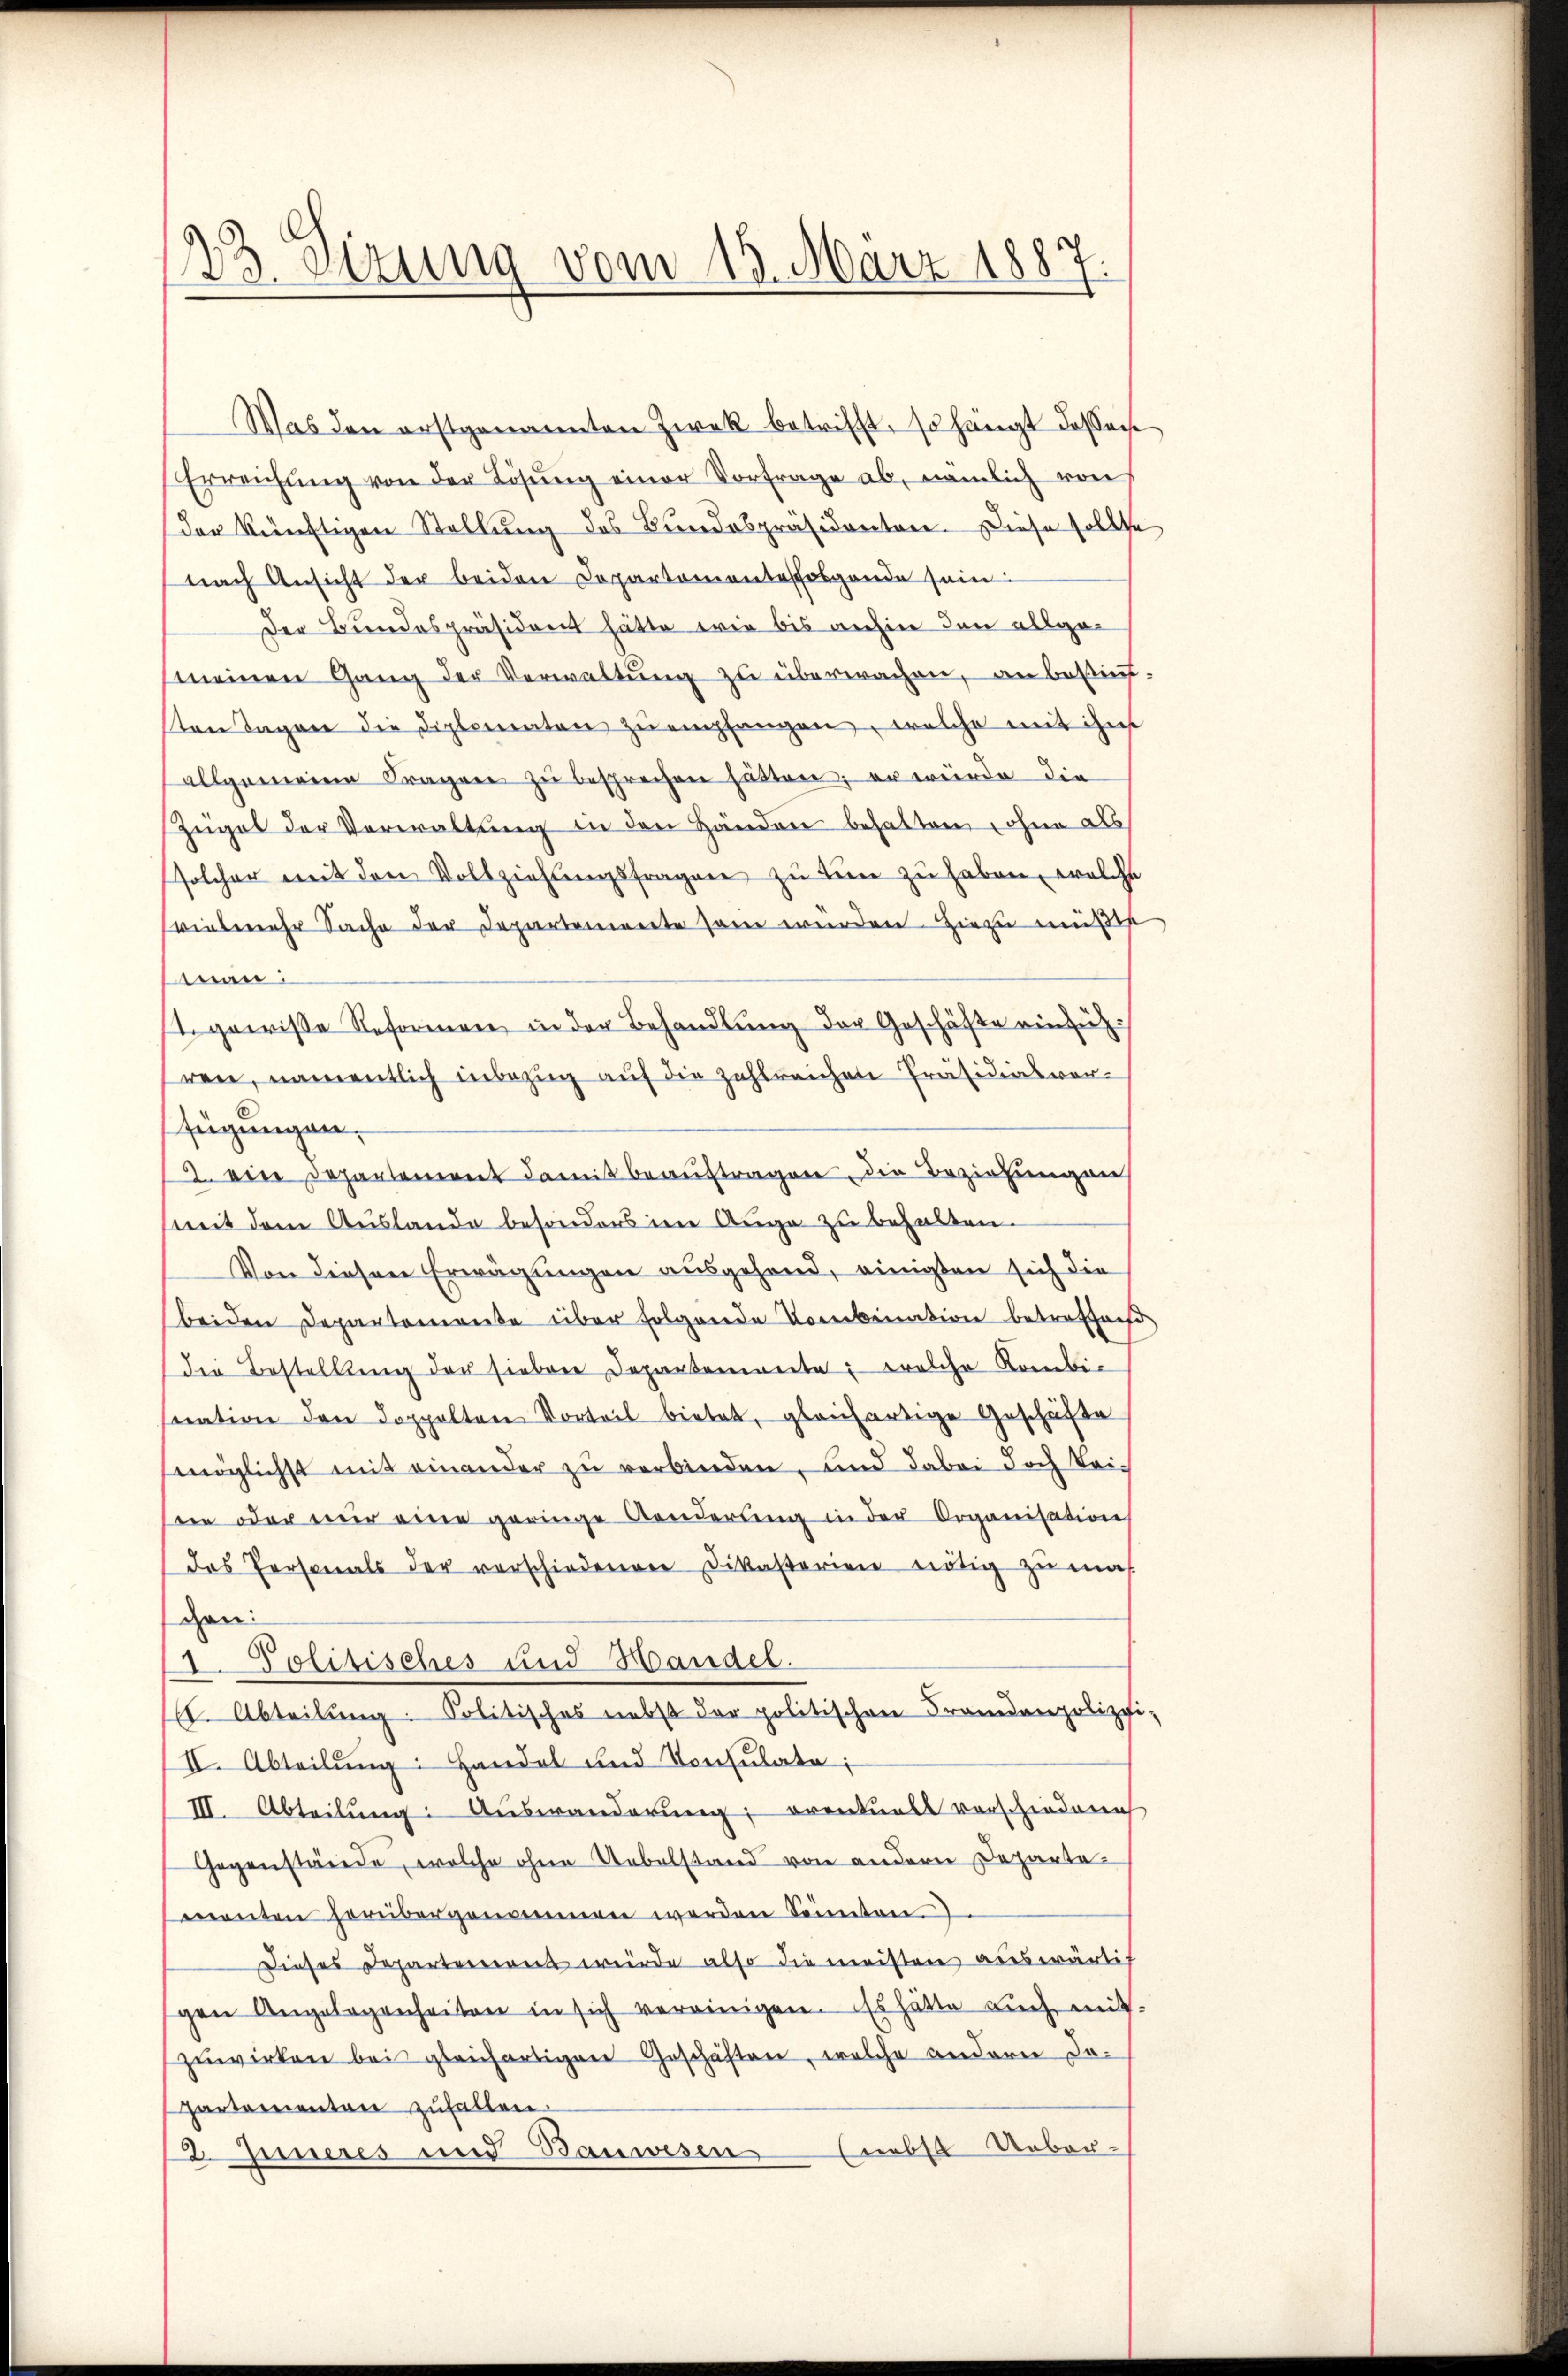
.
Sitzung vom 13. März 1887.
ad

Was den erstgenannten Zwek betrifft, so hängt dassen
Erreichŭng von der Lösŭng einer Vorfrage ab, nämlich von
der künftigen Stellung des Bundespräsidenten. Diese sollte
nach Ansicht der beiden Departementesfolgende sein:
Der Bundespräsident hätte wie bis anhin den allge-
meinen Gang der Verwaltŭng zu überwachen, an besint
ton Tagen die Diplomaten zŭ empfangen, welche mit ihm
allgemeine Fragen zŭ besprechen hätten; er würde die
Zügel der Verwaltung in den Händere behalten ohne als
solcher mit den Vollziehungsfragen zu tun zu haben, welche
vielmehr Sache der Departemente sei würden hiezu müßte
man:
I. gewisse Reformen in der Behandlung der Geschäfte einführen, namentlich inbezug auf die zahlreichen Präsidiasver-
fügungen,
2. ein Departement damit beaŭftragen, die Beziehungen
mit dem Auslande besonders im Auge zu behalten.
Von diesen Erwägungen ausgehend, einigten sich die
beiden Departemente über folgende Kombination betroffend
die Bestellung der siebene Departemente; welche Kombi-
suation den doppelten Vorteil bietet, gleichartige Geschäfte
möglichst mit einander zu verbinden, und dabei doch keisein oder mir eine geringe Aenderŭng in der Organisation
das Personals der verschiedenen Dikasterien nötig zŭ mas
den:
1. Politisches und Handel.
16. Abteilŭng. Politisches nebst der politischen Frandanpolizei
II. Abteilung: Handel und Konsulate;
III. Abteilŭng Aŭswanderŭng eventuell verschiedene
Gegenstände, welche ohne Uebelstand von andern Departementen herübergenommen werden könnten
Dieses Departement wurde also die meisten auswärtig
gen Angelegenheiten in sich vereinigen. Es hätte auch mit
zŭwirken bei gleichartigen Geschäften, welche andern Jo-
Partementen zufallen.
nebst Uebereres und Bauwesen